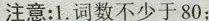
注意：1.词数不少于80；